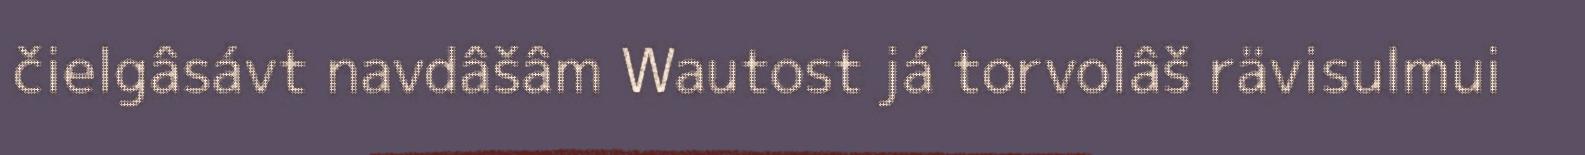
čielgâsávt navdâšâm Wautost já torvolâš rävisulmui